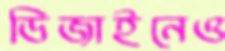
ডিজাইনেও